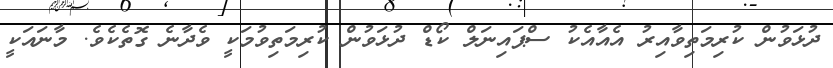
ދުޅަވުން ކުރިމަތިވާއިރު އެއާއެކު ސްޕައިނަލް ކޯޑް ދުޅަވުން ކުރިމަތިވުމަކީ ވެދާނެ ގޮތެކެވެ. މާނައަކީ